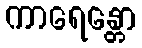
ကာရေန္တော